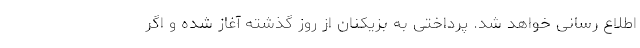
اطلاع رسانی خواهد شد. پرداختی به بزیکنان از روز گذشته آغاز شده و اگر